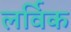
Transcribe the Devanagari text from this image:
लर्विक